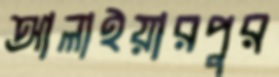
আলাইয়ারপুর